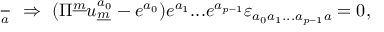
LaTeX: { \frac { \d S } { \d e ^ { a } } } ~ \Rightarrow ~ ( \Pi ^ { \underline { { { m } } } } u _ { \underline { { { m } } } } ^ { a _ { 0 } } - e ^ { a _ { 0 } } ) e ^ { a _ { 1 } } . . . e ^ { a _ { p - 1 } } \varepsilon _ { a _ { 0 } a _ { 1 } . . . a _ { p - 1 } a } = 0 ,